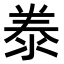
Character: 𭰣